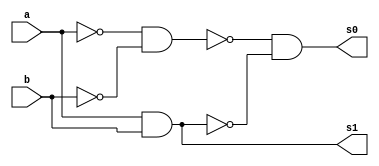
// -----------------------------------------------------------------------------------------
// Guia 05 - Exericio 04 - Soma completa de 2 valores usando 3 bits somente com portas NAND
// Nome: Eduardo de Abreu Fortes
// -----------------------------------------------------------------------------------------

//-------------
//-- Meia Soma
//-------------

module meiaSoma(s0, s1, a, b);

output s0, s1;
input a, b;

wire s2, s3, s4, s5, s6, s7;

nand NAND1 (s2, a, a);
nand NAND2 (s3, b, b);
nand NAND3 (s4, a, b);
nand NAND4 (s5, s2, s3);
nand NAND5 (s6, a, b);
nand NAND6 (s1, s4, s4);
nand NAND7 (s7, s5, s6);
nand NAND8 (s0, s7, s7);

endmodule //--fim module meiaSoma

// ------------
// -- porta OR 
// ------------

module orNandGate (s0, a, b);
output s0;
input a, b;

wire s1, s2;

nand (s1, a, a);
nand (s2, b, b);
nand (s0, s1, s2);

endmodule //--fim module orNandGate

//-----------------
//-- Soma Completa
//-----------------

module somaCompleta(s0, s1, a, b, c);
input a, b, c;
output s0, s1;

wire s2, s3, s4;

meiaSoma MS0 (s2, s3, a ,b);
meiaSoma MS1 (s0, s4, s2, c);
orNandGate OR1 (s1, s3, s4);

endmodule // --fim module Soma Completa

// ------------
// -- porta Xor
// ------------

module xorNandGate (s0, a, b);
output s0;
input a, b;

wire s1, s2, s3;

nand NAND1 (s1, a, b);
nand NAND2 (s2, s1, a);
nand NAND3 (s3, s1, b);
nand NAND4 (s0 ,s2, s3);

endmodule // --fim module xorNandGate

// ------------
// -- Operacao
// ------------

module operacao (s00, s10, s20, s30, a0, a1, a2, b0, b1, b2, c);
output s00, s10, s20, s30;
input a0, a1, a2, b0, b1, b2, c;

wire s0, s1, s2, s01, s11, s21;

xorNandGate XOR0 (s0, b0, c);
somaCompleta SC0 (s00, s01, a0, s0, c);
xorNandGate XOR1 (s1, b1, c);
somaCompleta SC1 (s10, s11, a1, s1, s01);
xorNandGate XOR2 (s2, b2, c);
somaCompleta SC2 (s20, s21, a2, s2, s11);

assign s30 = s21;

endmodule // --fim module operacao

// ----------------
// -- test operacao
// ---------------- 

module testOperacao;
reg   a0, a1, a2, b0, b1, b2, c;
wire  s00, s10, s20, s30;

// -- instncia
operacao OP1 (s00, s10, s20, s30, a0, a1, a2, b0, b1, b2, c);

initial begin:start
a0=0; a1=0; a2=0; b0=0; b1=0; b2=0; c=0;    
end

//-- parte principal
initial begin:main
$display("Guia 05 - Exercicio 04 - Eduardo de Abreu Fortes - 384047");
$display("Test Soma completa com 3 bits usando apenas portas NAND");
$display("\na2 a1 a0 + b2 b1 b0 = s30 s20 s10 s00\n");
$monitor("%b %b %b  +  %b %b %b  =  %b %b %b %b", a2, a1, a0, b2, b1, b0, s30, s20, s10, s00);
#1 a0=0; a1=0; a2=0; b0=0; b1=0; b2=1;
#1 a0=0; a1=0; a2=0; b0=0; b1=1; b2=0;
#1 a0=0; a1=0; a2=0; b0=0; b1=1; b2=1;
#1 a0=0; a1=0; a2=0; b0=1; b1=0; b2=0;
#1 a0=0; a1=0; a2=0; b0=1; b1=0; b2=1;
#1 a0=0; a1=0; a2=0; b0=1; b1=1; b2=0;
#1 a0=0; a1=0; a2=0; b0=1; b1=1; b2=1;
#1 a0=0; a1=0; a2=1; b0=0; b1=0; b2=0;
#1 a0=0; a1=0; a2=1; b0=0; b1=0; b2=1;
#1 a0=0; a1=0; a2=1; b0=0; b1=1; b2=0;
#1 a0=0; a1=0; a2=1; b0=0; b1=1; b2=1;
#1 a0=0; a1=0; a2=1; b0=1; b1=0; b2=0;
#1 a0=0; a1=0; a2=1; b0=1; b1=0; b2=1;
#1 a0=0; a1=0; a2=1; b0=1; b1=1; b2=0;
#1 a0=0; a1=0; a2=1; b0=1; b1=1; b2=1;
#1 a0=0; a1=1; a2=0; b0=0; b1=0; b2=0;
#1 a0=0; a1=1; a2=0; b0=0; b1=0; b2=1;
#1 a0=0; a1=1; a2=0; b0=0; b1=1; b2=0;
#1 a0=0; a1=1; a2=0; b0=0; b1=1; b2=1;
#1 a0=0; a1=1; a2=0; b0=1; b1=0; b2=0;
#1 a0=0; a1=1; a2=0; b0=1; b1=0; b2=1;
#1 a0=0; a1=1; a2=0; b0=1; b1=1; b2=0;
#1 a0=0; a1=1; a2=0; b0=1; b1=1; b2=1;
#1 a0=0; a1=1; a2=1; b0=0; b1=0; b2=0;
#1 a0=0; a1=1; a2=1; b0=0; b1=0; b2=1;
#1 a0=0; a1=1; a2=1; b0=0; b1=1; b2=0;
#1 a0=0; a1=1; a2=1; b0=0; b1=1; b2=1;
#1 a0=0; a1=1; a2=1; b0=1; b1=0; b2=0;
#1 a0=0; a1=1; a2=1; b0=1; b1=0; b2=1;
#1 a0=0; a1=1; a2=1; b0=1; b1=1; b2=0;
#1 a0=0; a1=1; a2=1; b0=1; b1=1; b2=1;
#1 a0=1; a1=0; a2=0; b0=0; b1=0; b2=0;
#1 a0=1; a1=0; a2=0; b0=0; b1=0; b2=1;
#1 a0=1; a1=0; a2=0; b0=0; b1=1; b2=0;
#1 a0=1; a1=0; a2=0; b0=0; b1=1; b2=1;
#1 a0=1; a1=0; a2=0; b0=1; b1=0; b2=0;
#1 a0=1; a1=0; a2=0; b0=1; b1=0; b2=1;
#1 a0=1; a1=0; a2=0; b0=1; b1=1; b2=0;
#1 a0=1; a1=0; a2=0; b0=1; b1=1; b2=1;
#1 a0=1; a1=0; a2=1; b0=0; b1=0; b2=0;
#1 a0=1; a1=0; a2=1; b0=0; b1=0; b2=1;
#1 a0=1; a1=0; a2=1; b0=0; b1=1; b2=0;
#1 a0=1; a1=0; a2=1; b0=0; b1=1; b2=1;
#1 a0=1; a1=0; a2=1; b0=1; b1=0; b2=0;
#1 a0=1; a1=0; a2=1; b0=1; b1=0; b2=1;
#1 a0=1; a1=0; a2=1; b0=1; b1=1; b2=0;
#1 a0=1; a1=0; a2=1; b0=1; b1=1; b2=1;
#1 a0=1; a1=1; a2=0; b0=0; b1=0; b2=0;
#1 a0=1; a1=1; a2=0; b0=0; b1=0; b2=1;
#1 a0=1; a1=1; a2=0; b0=0; b1=1; b2=0;
#1 a0=1; a1=1; a2=0; b0=0; b1=1; b2=1;
#1 a0=1; a1=1; a2=0; b0=1; b1=0; b2=0;
#1 a0=1; a1=1; a2=0; b0=1; b1=0; b2=1;
#1 a0=1; a1=1; a2=0; b0=1; b1=1; b2=0;
#1 a0=1; a1=1; a2=0; b0=1; b1=1; b2=1;
#1 a0=1; a1=1; a2=1; b0=0; b1=0; b2=0;
#1 a0=1; a1=1; a2=1; b0=0; b1=0; b2=1;
#1 a0=1; a1=1; a2=1; b0=0; b1=1; b2=0;
#1 a0=1; a1=1; a2=1; b0=0; b1=1; b2=1;
#1 a0=1; a1=1; a2=1; b0=1; b1=0; b2=0;
#1 a0=1; a1=1; a2=1; b0=1; b1=0; b2=1;
#1 a0=1; a1=1; a2=1; b0=1; b1=1; b2=0;
#1 a0=1; a1=1; a2=1; b0=1; b1=1; b2=1;

end
 
endmodule // --fim module operacao